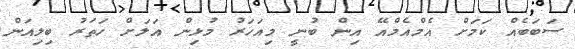
ސަބަބެއް ކަމަށް އެމްއެމްއޭ އިން ބުނީ މިއަހަރު މުޅިން އަލަށް ހަތަރު ބިލިއަން